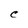
Character: C